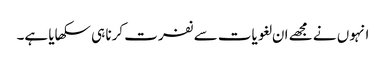
انہوں نے مجھے ان لغویات سے نفرت کرنا ہی سکھایا ہے۔